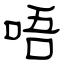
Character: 唔